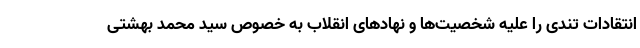
انتقادات تندی را علیه شخصیت‌ها و نهادهای انقلاب به خصوص سید محمد بهشتی